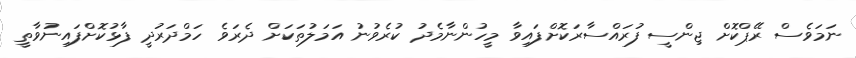
ނަމަވެސް ރޭޕްކޮށް ޖިންސީ ފުރައްސާރަކޮށްފައިވާ މީހުންނާމެދު ކުރެވުނު އަމަލުތަކަށް ދެރަވެ ހަމްދަރުދީ ފާޅުކޮށްފައިނުވާތީ